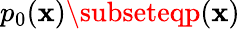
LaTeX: p_{0}(\mathbf{x})\subseteqp(\mathbf{x})